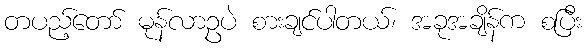
တပည့်တော် မုန်လာဥပဲ စားချင်ပါတယ်၊ အခုအချိန်က စပြီး